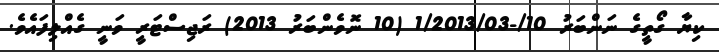
ކިޔާ ގޯތީގެ ނަންބަރު 10/-1/2013/03 (10 ނޮވެންބަރު 2013) ރަޖިސްޓަރީ ވަނީ ގެއްލިފައެވެ.